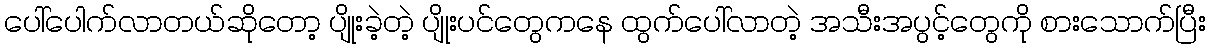
ပေါ်ပေါက်လာတယ်ဆိုတော့ ပျိုးခဲ့တဲ့ ပျိုးပင်တွေကနေ ထွက်ပေါ်လာတဲ့ အသီးအပွင့်တွေကို စားသောက်ပြီး